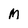
Character: M